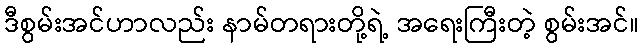
ဒီစွမ်းအင်ဟာလည်း နာမ်တရားတို့ရဲ့ အရေးကြီးတဲ့ စွမ်းအင်။